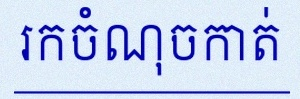
រកចំណុចកាត់